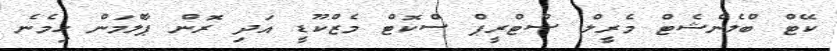
ކޭޓް ބްލެންޝެޓް މެރީލް ސްޓްރީޕް ސްކޮޓް މެޒްކޫޑީ އަދި ރޮން ޕާލްމަން ހިމެނެ